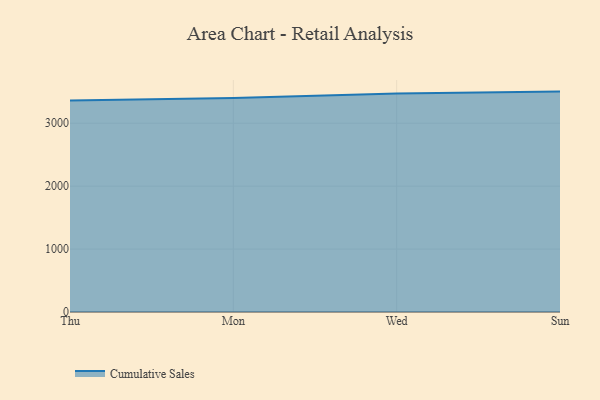
{"axis": {"x": "Day", "y": "Energy Usage (MWh)"}, "legend": ["Cumulative Sales"], "data": [{"x": "Thu", "y": 3360.6, "type": "Cumulative Sales"}, {"x": "Mon", "y": 3400.6, "type": "Cumulative Sales"}, {"x": "Wed", "y": 3472.8, "type": "Cumulative Sales"}, {"x": "Sun", "y": 3503.1, "type": "Cumulative Sales"}]}